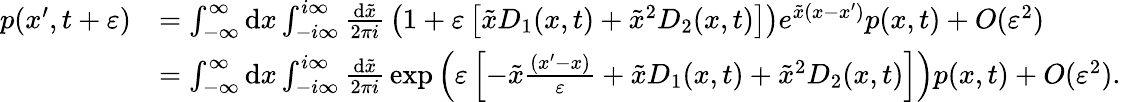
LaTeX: {\begin{array}{rl}{p(x^{\prime},t+\varepsilon)}&{=\int_{-\infty}^{\infty}\mathrm{d}x\int_{-i\infty}^{i\infty}{\frac{\mathrm{d}{\tilde{x}}}{2\pi i}}\left(1+\varepsilon\left[{\tilde{x}}D_{1}(x,t)+{\tilde{x}}^{2}D_{2}(x,t)\right]\right)e^{{\tilde{x}}(x-x^{\prime})}p(x,t)+O(\varepsilon^{2})}\\ &{=\int_{-\infty}^{\infty}\mathrm{d}x\int_{-i\infty}^{i\infty}{\frac{\mathrm{d}{\tilde{x}}}{2\pi i}}\exp\left(\varepsilon\left[-{\tilde{x}}{\frac{(x^{\prime}-x)}{\varepsilon}}+{\tilde{x}}D_{1}(x,t)+{\tilde{x}}^{2}D_{2}(x,t)\right]\right)p(x,t)+O(\varepsilon^{2}).}\end{array}}